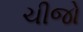
ચીજો